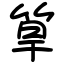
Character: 筸